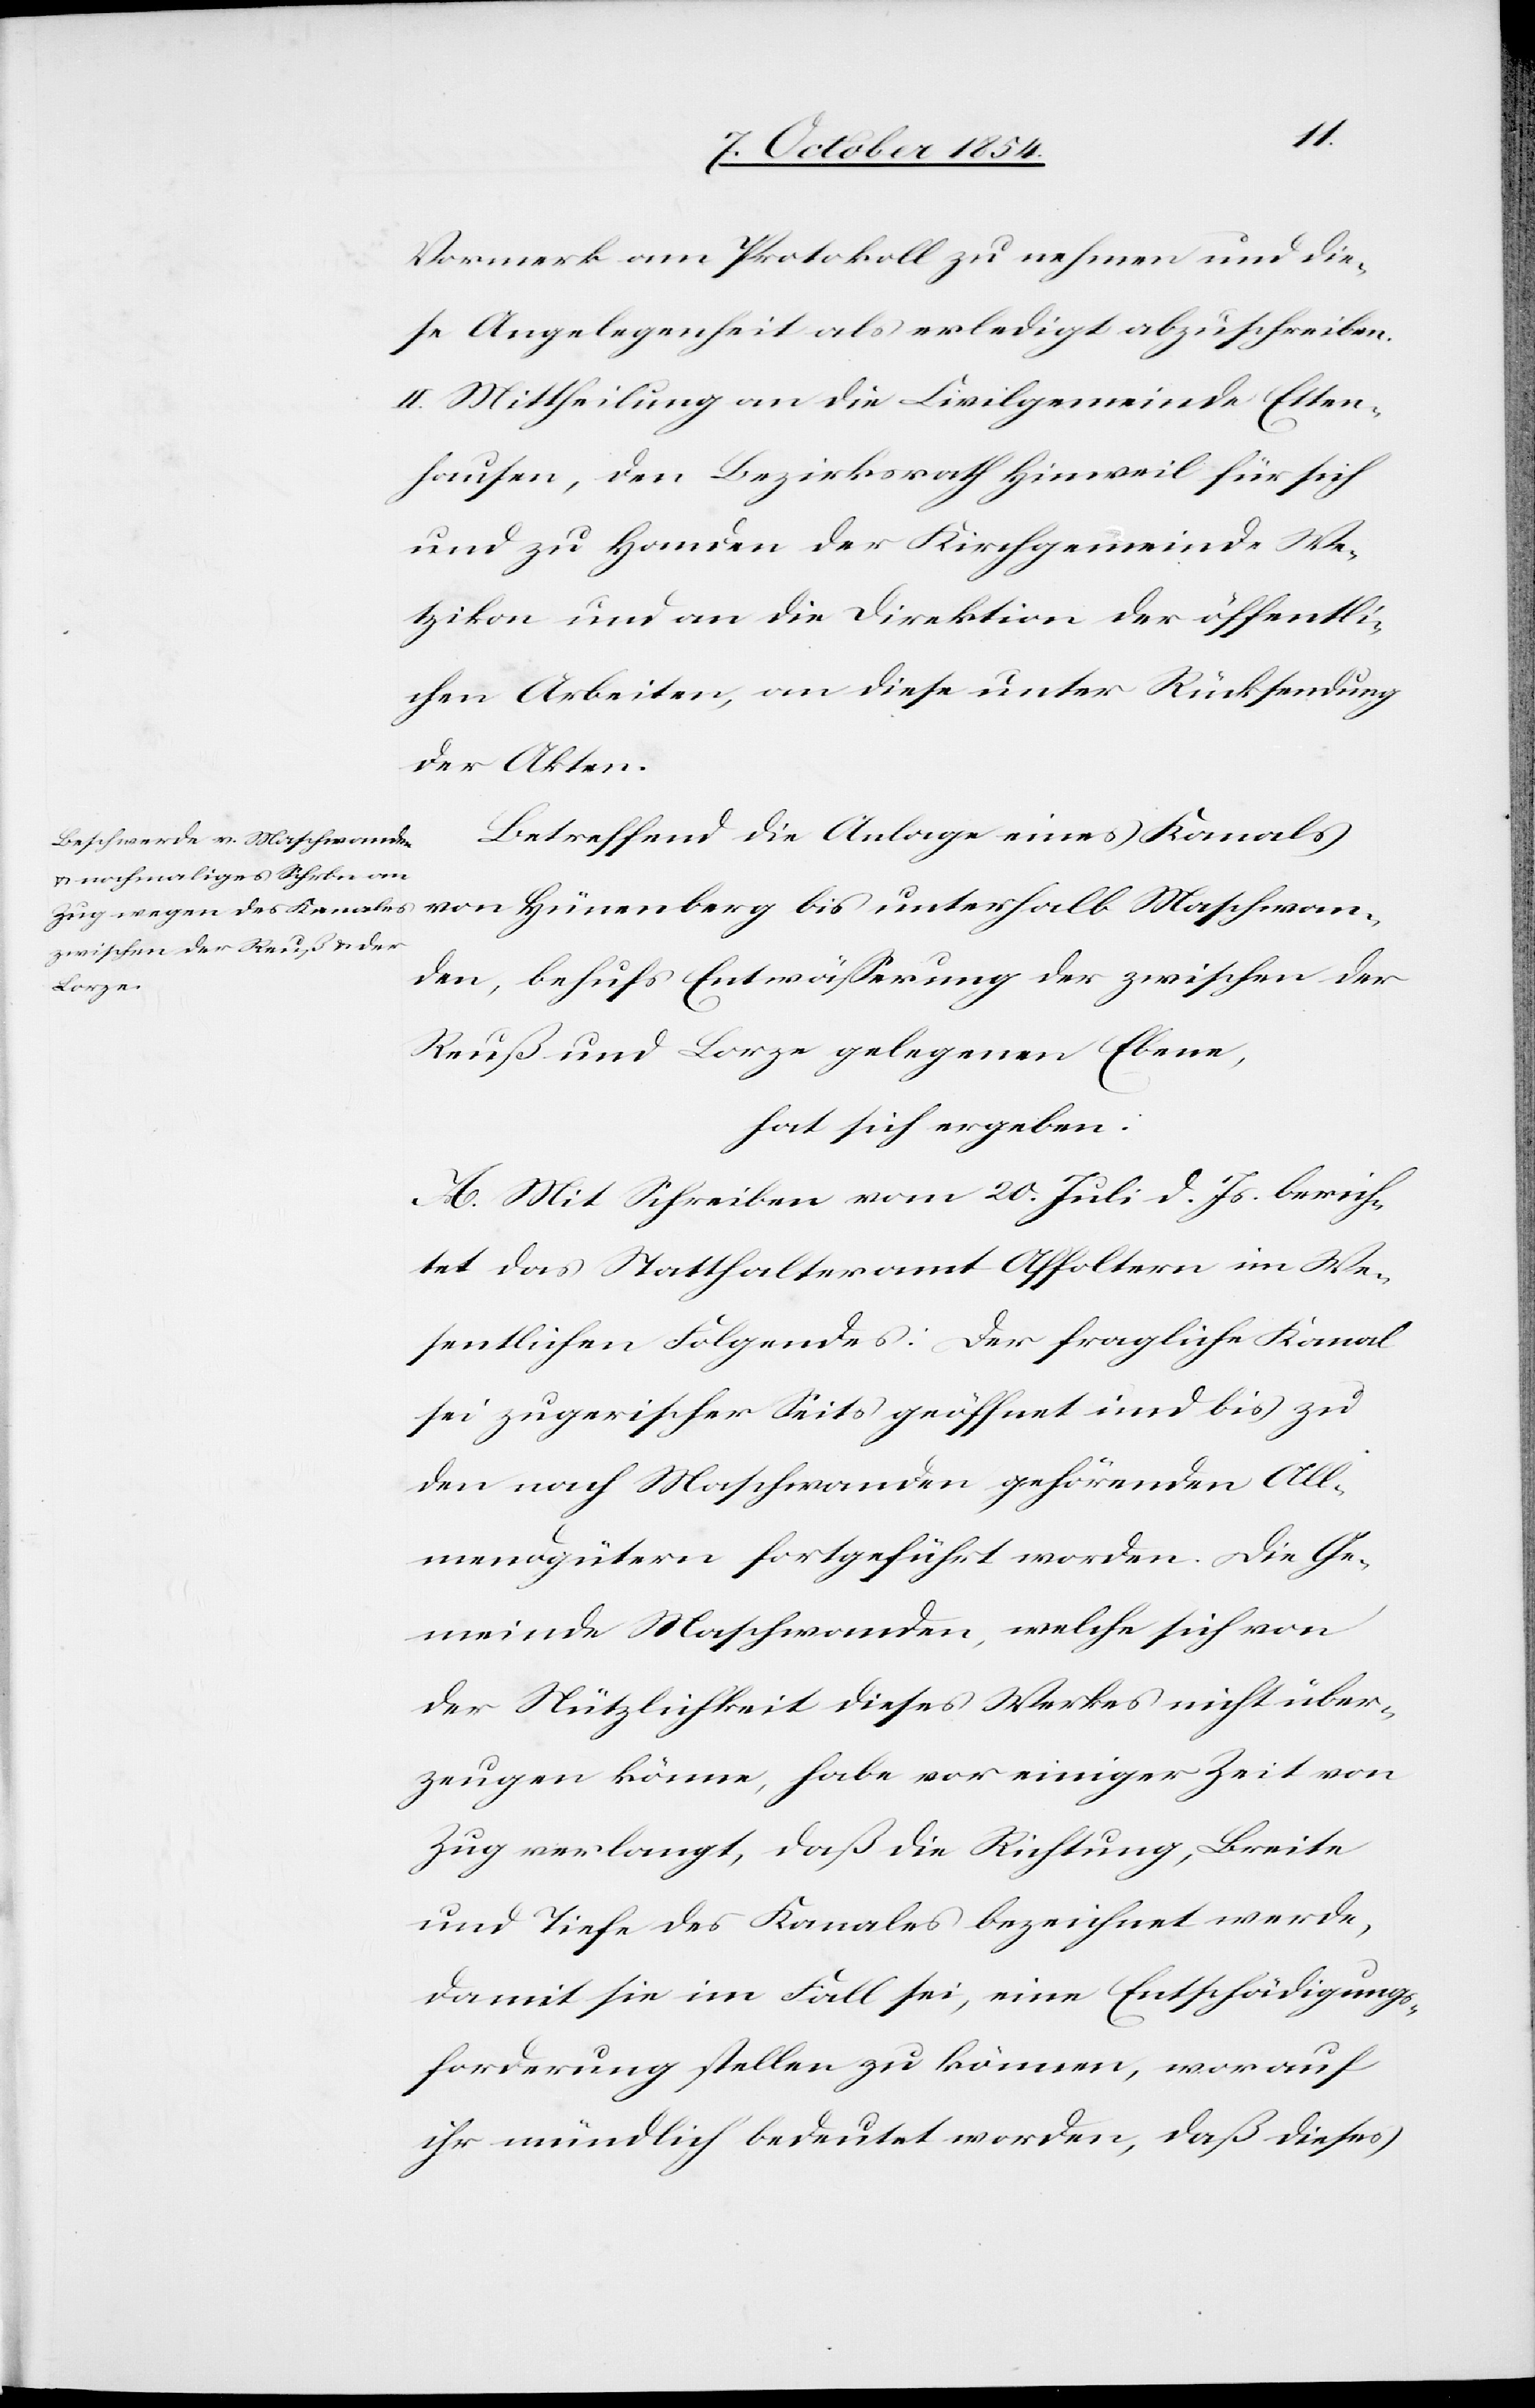
Vormerk am Protokoll zu nehmen und die¬
se Angelegenheit als erledigt abzuschreiben.
II. Mittheilung an die Civilgemeinde Etten¬
hausen, den Bezirksrath Hinweil für sich
und zu Handen der Kirchgemeinde We¬
tzikon und an die Direktion der öffentli¬
chen Arbeiten, an diese unter Rücksendung
der Akten.
Betreffend die Anlage eines Kanales
den, behufs Entwäßerung der zwischen der
Maschwan¬
Reuß und Lorze gelegenen Ebene,
hat sich ergeben:
A. Mit Schreiben vom 20. Juli d. Js. berich¬
tet das Statthalteramt Affoltern im We¬
sentlichen Folgendes: Der fragliche Kanal
sei zugerischer Seits geöffnet und bis zu
den nach Maschwanden gehörenden All¬
mendgütern fortgeführt worden. Die Ge¬
meinde Maschwanden, welche sich von
der Nützlichkeit dieses Werkes nicht über¬
zeugen könne, habe vor einiger Zeit von
Zug verlangt, daß die Richtung, Breite
und Tiefe des Kanales bezeichnet werde,
damit sie im Fall sei, eine Entschädigungs¬
forderung stellen zu können, worauf
ihr mündlich bedeutet worden, daß dieses